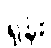
ရုန်း